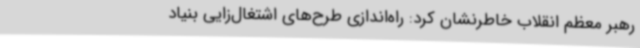
رهبر معظم انقلاب خاطرنشان کرد: راه‌اندازی طرح‌های اشتغال‌زایی بنیاد